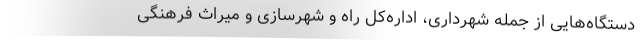
دستگاه‌هایی از جمله شهرداری، اداره‌کل راه و شهرسازی و میراث فرهنگی